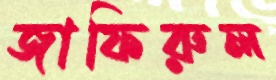
জাফিরুল